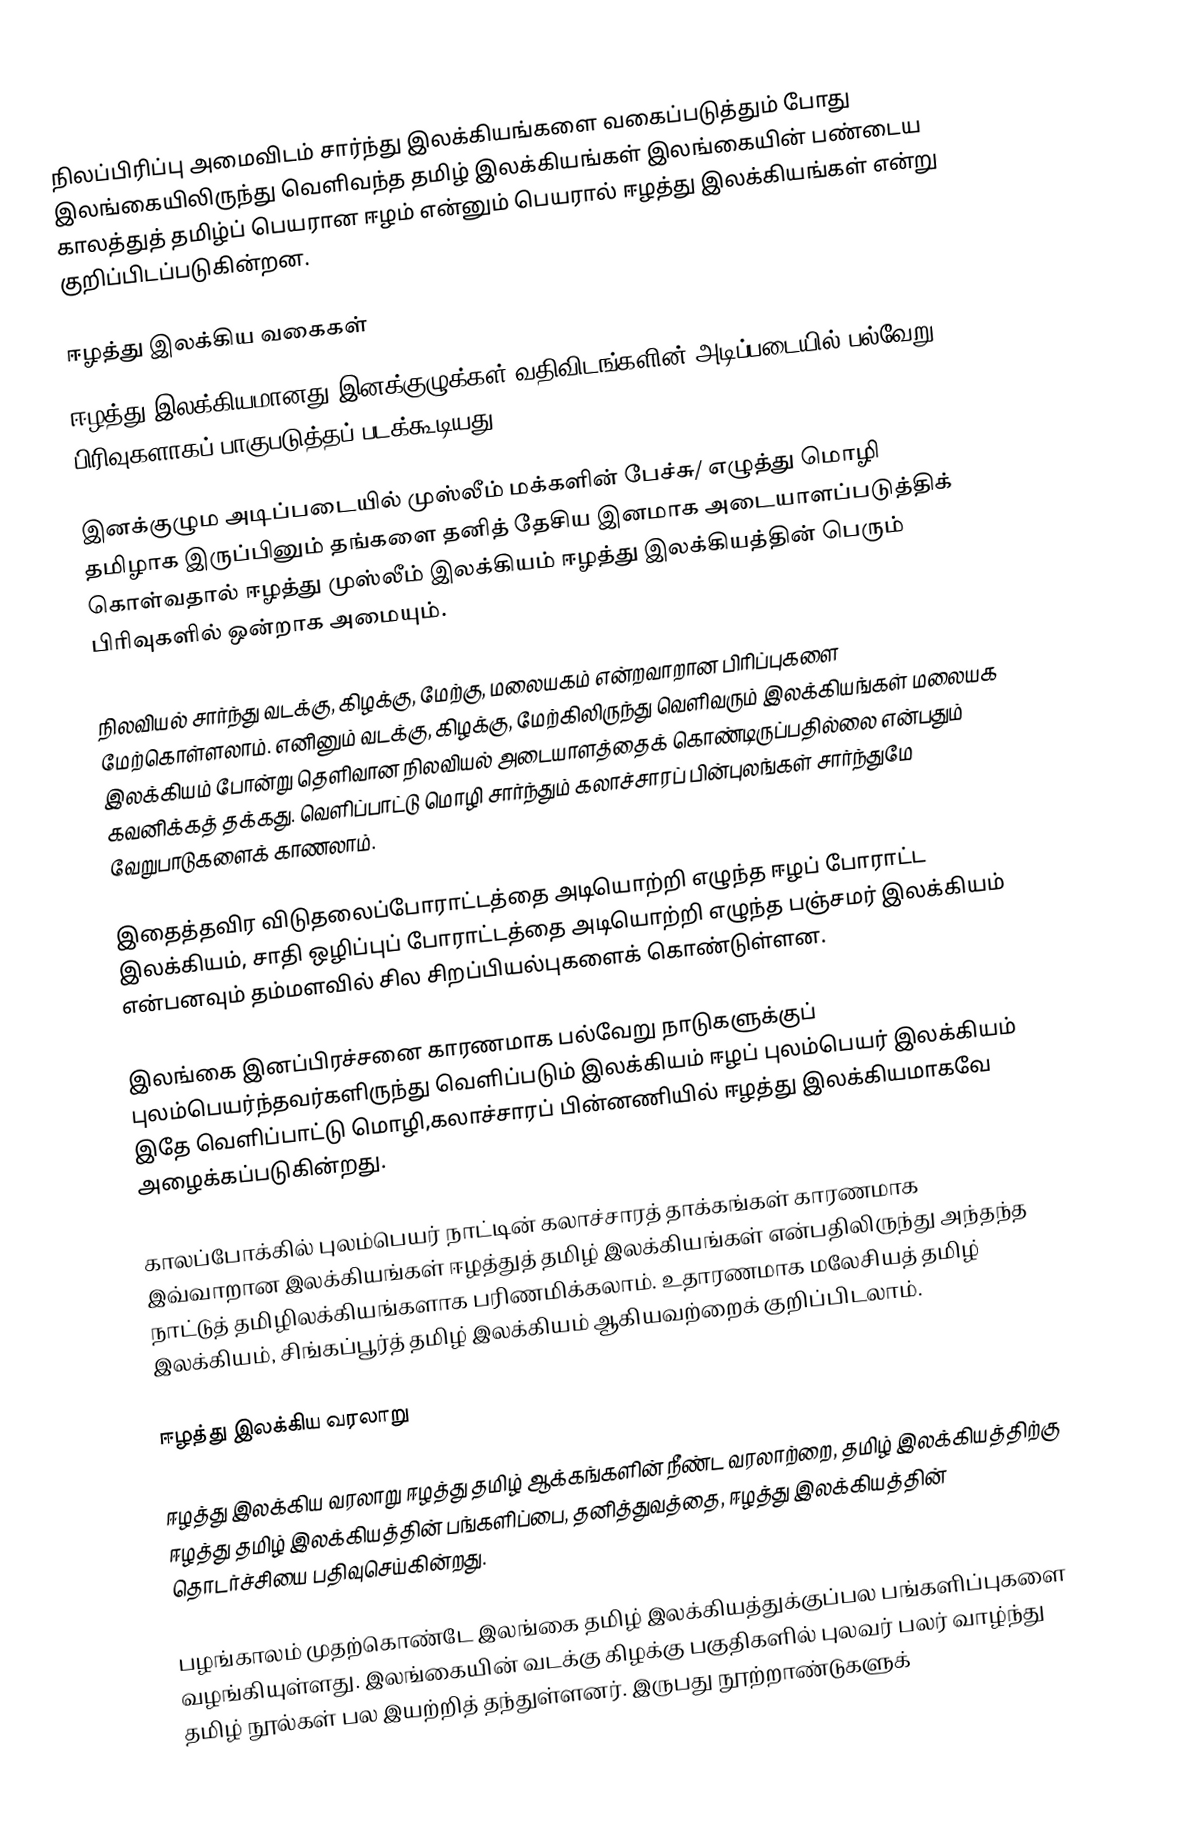
நிலப்பிரிப்பு அமைவிடம் சார்ந்து இலக்கியங்களை வகைப்படுத்தும் போது இலங்கையிலிருந்து வெளிவந்த தமிழ் இலக்கியங்கள் இலங்கையின் பண்டைய காலத்துத் தமிழ்ப் பெயரான ஈழம் என்னும் பெயரால் ஈழத்து இலக்கியங்கள் என்று குறிப்பிடப்படுகின்றன.

ஈழத்து இலக்கிய வகைகள்
ஈழத்து இலக்கியமானது  இனக்குழுக்கள் வதிவிடங்களின் அடிப்படையில் பல்வேறு பிரிவுகளாகப் பாகுபடுத்தப் படக்கூடியது.

இனக்குழும அடிப்படையில் முஸ்லீம் மக்களின் பேச்சு/ எழுத்து மொழி தமிழாக இருப்பினும் தங்களை தனித் தேசிய இனமாக அடையாளப்படுத்திக் கொள்வதால் ஈழத்து முஸ்லீம்  இலக்கியம் ஈழத்து இலக்கியத்தின் பெரும் பிரிவுகளில் ஒன்றாக அமையும்.

நிலவியல் சார்ந்து வடக்கு, கிழக்கு, மேற்கு, மலையகம் என்றவாறான பிரிப்புகளை மேற்கொள்ளலாம். எனினும் வடக்கு, கிழக்கு, மேற்கிலிருந்து வெளிவரும் இலக்கியங்கள் மலையக  இலக்கியம் போன்று தெளிவான நிலவியல் அடையாளத்தைக் கொண்டிருப்பதில்லை என்பதும் கவனிக்கத் தக்கது. வெளிப்பாட்டு மொழி சார்ந்தும் கலாச்சாரப் பின்புலங்கள் சார்ந்துமே வேறுபாடுகளைக் காணலாம்.

இதைத்தவிர விடுதலைப்போராட்டத்தை அடியொற்றி எழுந்த ஈழப் போராட்ட இலக்கியம், சாதி ஒழிப்புப் போராட்டத்தை அடியொற்றி எழுந்த பஞ்சமர் இலக்கியம் என்பனவும் தம்மளவில் சில சிறப்பியல்புகளைக் கொண்டுள்ளன.

இலங்கை இனப்பிரச்சனை காரணமாக பல்வேறு நாடுகளுக்குப் புலம்பெயர்ந்தவர்களிருந்து வெளிப்படும் இலக்கியம் ஈழப் புலம்பெயர் இலக்கியம் இதே வெளிப்பாட்டு மொழி,கலாச்சாரப் பின்னணியில் ஈழத்து இலக்கியமாகவே அழைக்கப்படுகின்றது.

காலப்போக்கில் புலம்பெயர் நாட்டின் கலாச்சாரத் தாக்கங்கள் காரணமாக இவ்வாறான இலக்கியங்கள் ஈழத்துத் தமிழ் இலக்கியங்கள் என்பதிலிருந்து அந்தந்த நாட்டுத் தமிழிலக்கியங்களாக பரிணமிக்கலாம். உதாரணமாக மலேசியத் தமிழ் இலக்கியம், சிங்கப்பூர்த் தமிழ் இலக்கியம் ஆகியவற்றைக் குறிப்பிடலாம்.

ஈழத்து இலக்கிய வரலாறு

ஈழத்து இலக்கிய வரலாறு ஈழத்து தமிழ் ஆக்கங்களின் நீண்ட வரலாற்றை, தமிழ் இலக்கியத்திற்கு ஈழத்து தமிழ் இலக்கியத்தின் பங்களிப்பை, தனித்துவத்தை, ஈழத்து இலக்கியத்தின் தொடர்ச்சியை பதிவுசெய்கின்றது.

பழங்காலம் முதற்கொண்டே இலங்கை தமிழ் இலக்கியத்துக்குப்பல பங்களிப்புகளை வழங்கியுள்ளது. இலங்கையின் வடக்கு கிழக்கு பகுதிகளில் புலவர் பலர் வாழ்ந்து தமிழ் நூல்கள் பல இயற்றித் தந்துள்ளனர். இருபது நூற்றாண்டுகளுக்